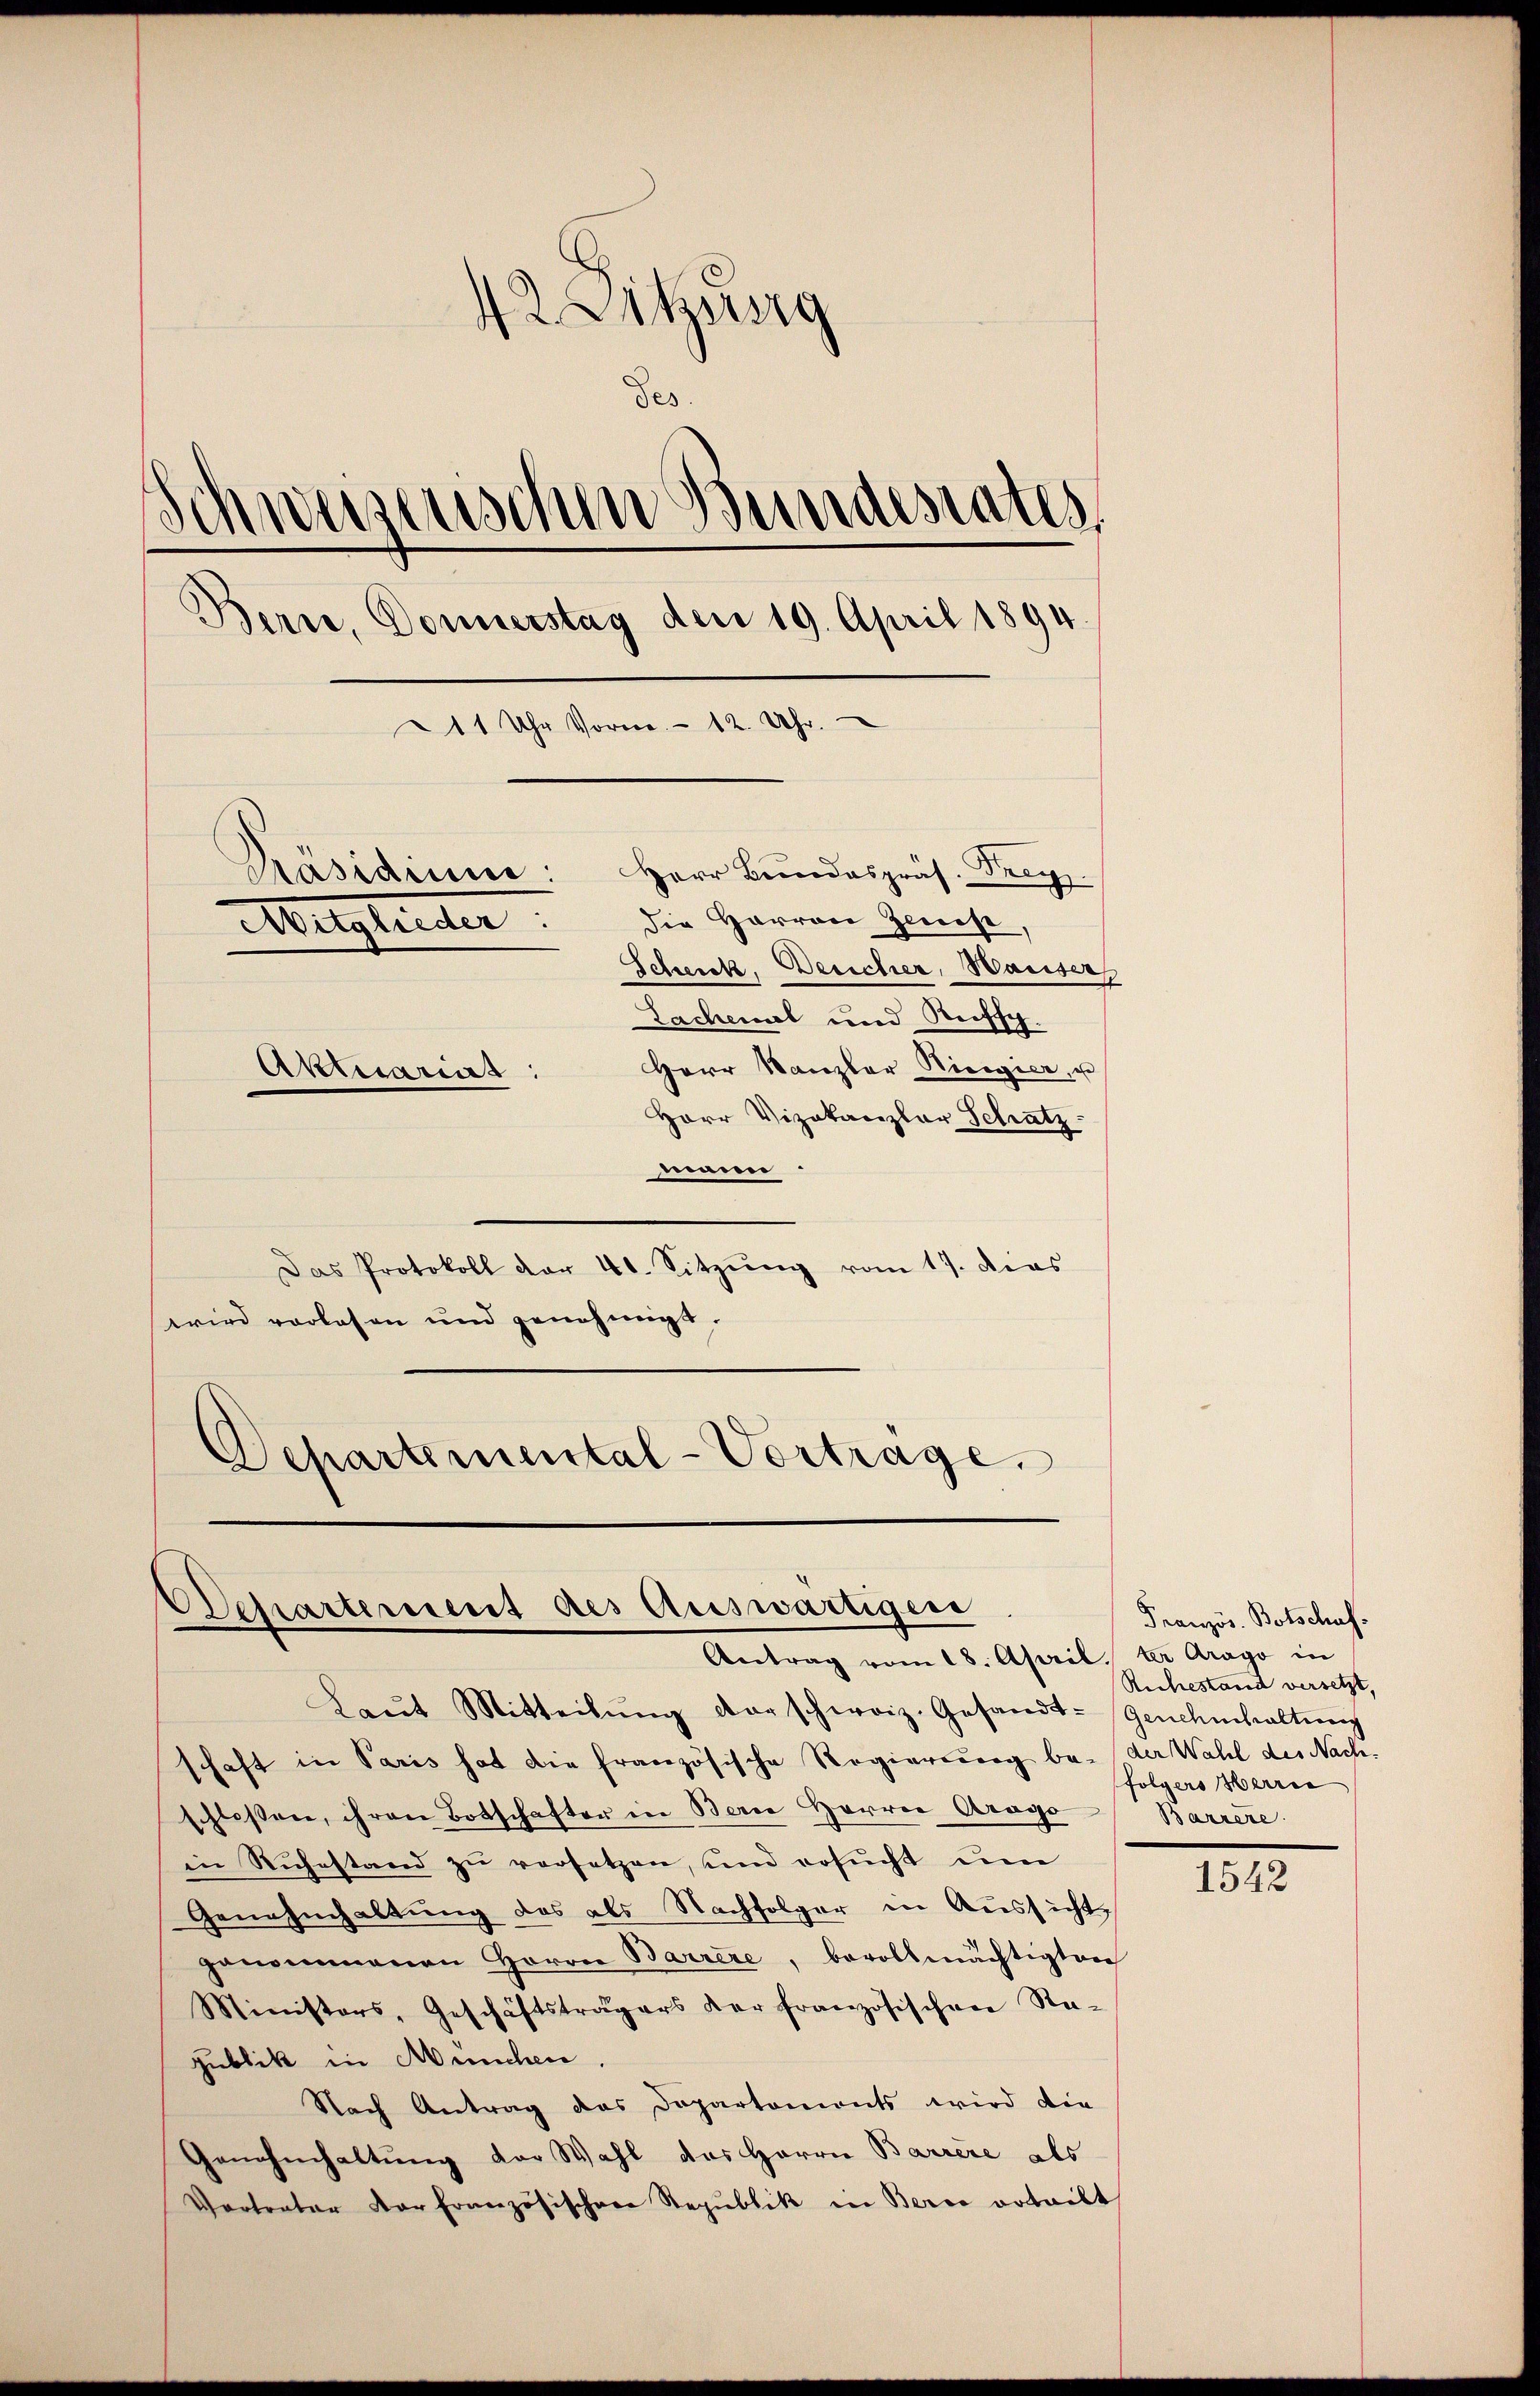
42. Sitzung
d
des.
Schweizerischen Bundesrates
Bern, Donnerstag den 19. April 1894.
211 Uhr Vorm.- 12. Uhr.
Präsidium: Herr Bundespräs. Frey.
Mitglieder: die Harren Zeise,
Schenk, Bericher, Waiser
Lachensel und Ritsch.
Herr Kanzler Riegier, u
Aktuarius
Herr Vizekanzlar Schatz-

mnen.
Das Protokoll dar 41. Sitzŭng vom 17. dies
wird vorlesen und genehmigt.
Departemental-Vortrage.

Departement des Auswärtigen
Antrag vom 18. April ter Arago in

Laŭt Mitteilŭng der schweiz. Gesandt-Genehmhaltŭng
schaft in Paris hat die französische Regierung bei der Wahl des Nach-
schlossen, ihren Botschafter in Berne Herren Arago
in Ruhestand zu versetzen, und ersŭcht um
Genehmhaltung des als Nachfolger in Aussicht
genommenen Herren Barrere, bevollmächtigten
Ministers, Geschäftsträgers der französischen Ra-
gublik in München,
Nach Antrag das Departements wird die
Genehmhaltung der Wahl das Herrn Barrire als
Vertreter der Ernenzösischere Republik in Berce erteilt

Französ. Botschaf¬
Ruchestand versetzt,
folgers Herre
Barrere

1542